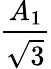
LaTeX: \frac{A_{1}}{\sqrt{3}}